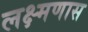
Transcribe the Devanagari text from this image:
लक्ष्मणास